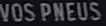
VOS PNEUS